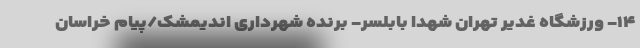
۱۴- ورزشگاه غدیر تهران شهدا بابلسر- برنده شهرداری اندیمشک/پیام خراسان